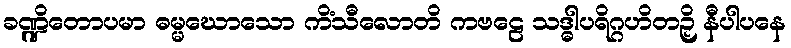
ခဏ္ဍိတောပမာ ဓမ္မဃောသော ကိံသီလောတိ ကဗဠေ သဒ္ဓါပရိဂ္ဂဟိတဉှိ နီပါပနေ